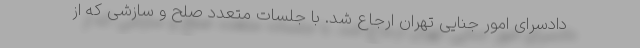
دادسرای امور جنایی تهران ارجاع شد. با جلسات متعدد صلح و سازشی که از